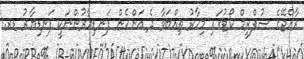
ރާއްޖޭގެ ސުޕްރީމް ކޯޓުގައި މިހާރު ތިއްބަވާ ދެ އަންހެން ފަނޑިޔާރުންނަކީ ފަނޑިޔާރު ޑރ.